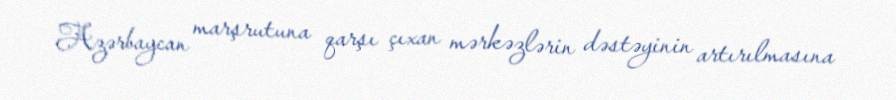
Azərbaycan marşrutuna qarşı çıxan mərkəzlərin dəstəyinin artırılmasına